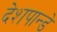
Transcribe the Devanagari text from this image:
देशपान्डे